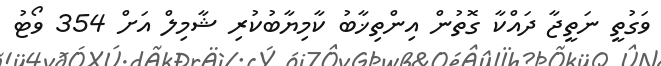
ވަގުތީ ނަތީޖާ ދައްކާ ގޮތުން އިންތިޚާބު ކާމިޔާބުކުރި ޝާމިލް އަށް 354 ވޯޓު